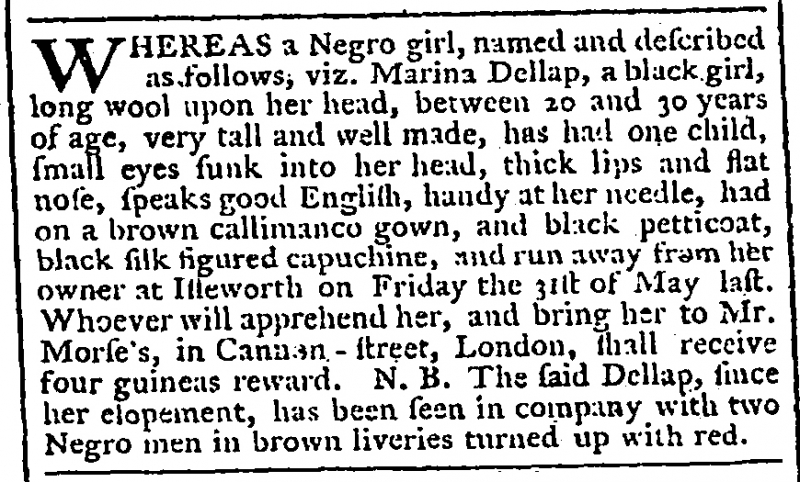
Gazetteer and New Daily Advertiser, 24 June 1765 (England)
WHEREAS a Negro girl, named and described as follows, viz. Marina Dellap, a black girl, long wool upon her head, between 20 and 30 years of age, very tall and well made, has had one child, small eyes sunk into her head, thick lips and flat nose, speaks good English, handy at her needle, had on a brown callimanco gown, and black petticoat, black silk figured capuchine, and run away from her owner at Isleworth on Friday the 31st of May last. Whoever will apprehend her, and bring her to Mr. Morse’s, in Cannon-street, London, shall receive four guineas reward. N.B. The said Dellap, since her elopement, has been seen in company with two Negro men in brown liveries turned up with red.